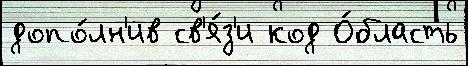
допо́лн'ив св'я́з'и код О́бласть